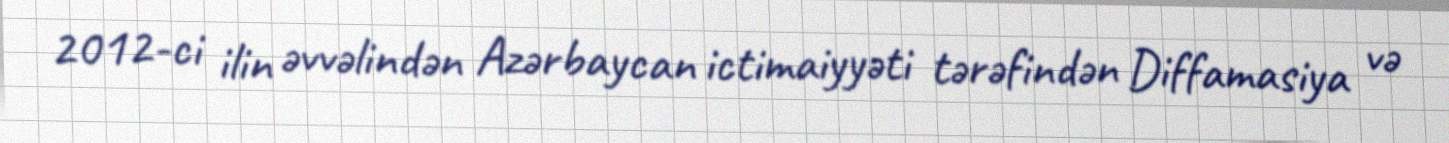
2012-ci ilin əvvəlindən Azərbaycan ictimaiyyəti tərəfindən Diffamasiya və